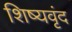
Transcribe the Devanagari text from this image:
शिष्यवृंद